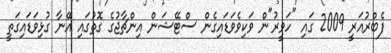
ފެބްރުއަރީ 2009 ގައި "ހަވީރު"ން ވަކިވެވަޑައިގެން ސްޓޭޝަން އިންޗާޖުގެ ގޮތުގައި އޭނާ ގުޅިވަޑައިގަތީ